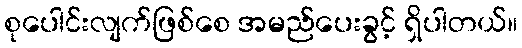
စုပေါင်းလျက်ဖြစ်စေ အမည်ပေးခွင့် ရှိပါတယ်။